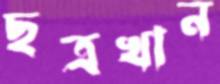
ছত্রখান